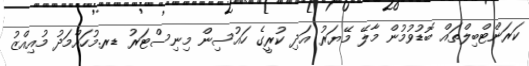
ކަރަންޓްބިލްތައް ބޮޑުވުމުން މާލޭ މޭޔަރު އަދި ކުރީގެ ހައުސިން މިނިސްޓަރު ޑރ.މުހައްމަދު މުއިއްޒު